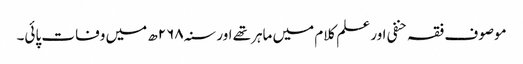
موصوف فقہ حنفی اور علم کلام میں ماہرتھے اور سنہ۲۶۸ھ میں وفات پائی۔